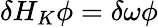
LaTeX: \delta H_{K}\phi=\delta\omega\phi